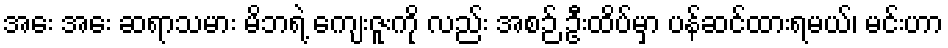
အေး အေး ဆရာသမား မိဘရဲ့ ကျေးဇူးကို လည်း အစဉ် ဦးထိပ်မှာ ပန်ဆင်ထားရမယ်၊ မင်းဟာ